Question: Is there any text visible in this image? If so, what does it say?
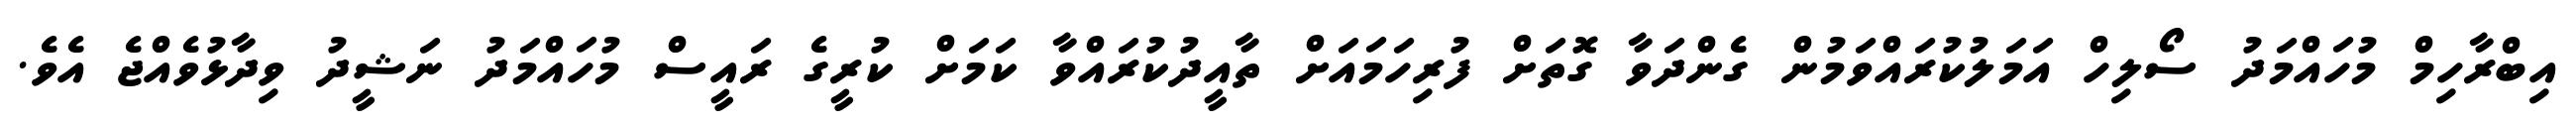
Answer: އިބްރާހިމް މުހައްމަދު ސޯލިހް އަމަލުކުރައްވަމުން ގެންދަވާ ގޮތަށް ފުރިހަމައަށް ތާއީދުކުރައްވާ ކަމަށް ކުރީގެ ރައީސް މުހައްމަދު ނަޝީދު ވިދާޅުވެއްޖެ އެވެ.